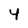
Character: 4